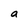
Character: a